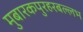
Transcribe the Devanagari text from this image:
मुबारकपुरहरबल्लभ